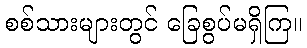
စစ်သားများတွင် ခြေစွပ်မရှိကြ။